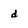
Character: d